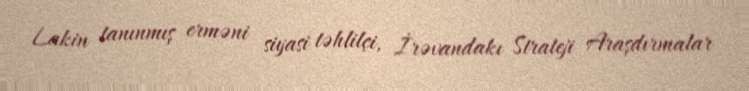
Lakin tanınmış erməni siyasi təhlilçi, İrəvandakı Strateji Araşdırmalar